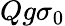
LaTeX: Qg\sigma_{0}